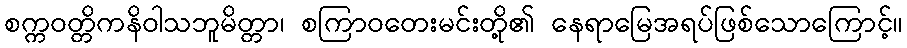
စက္ကဝတ္တိကနိဝါသဘူမိတ္တာ၊ စကြာဝတေးမင်းတို့၏ နေရာမြေအရပ်ဖြစ်သောကြောင့်။